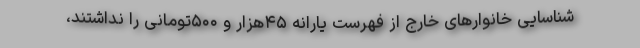
شناسایی خانوارهای خارج از فهرست یارانه ۴۵هزار و ۵۰۰تومانی را نداشتند،